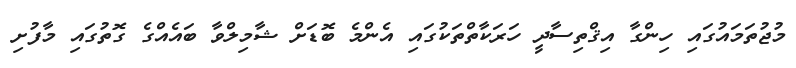
މުޖުތަމައުގައި ހިންގާ އިޤްތިސާދީ ހަރަކާތްތަކުގައި އެންމެ ބޮޑަށް ޝާމިލްވާ ބައެއްގެ ގޮތުގައި މާފުށި